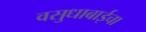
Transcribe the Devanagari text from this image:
वसुधाबाईचा